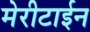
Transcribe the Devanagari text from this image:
मेरीटाईन